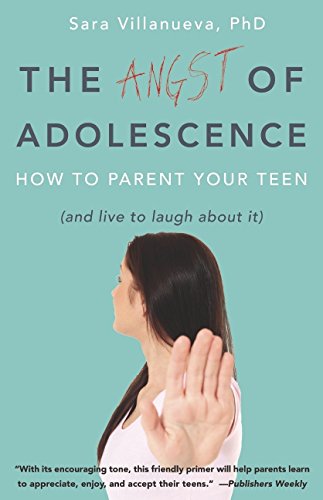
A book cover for The Angst of Adolescence: How to Parent Your Teen and Live to Laugh About It; Sara Villanueva; Medical Books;